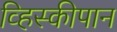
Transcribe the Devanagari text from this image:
व्हिस्कीपान